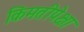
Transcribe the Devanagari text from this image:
किंमतीपेक्षा